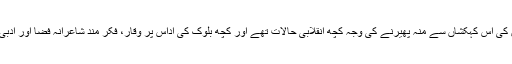
علامت نگاروں کی اس کہکشاں سے منہ پھیرنے کی وجہ کچھ انقلابی حالات تھے اور کچھ بلوک کی اداس پر وقار، فکر مند شاعرانہ فضا اور ادبی، فنی، تحریک۔